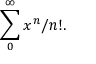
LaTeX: \sum _ { 0 } ^ { \infty } x ^ { n } / n ! .